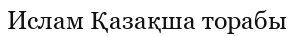
Ислам Қазақша торабы